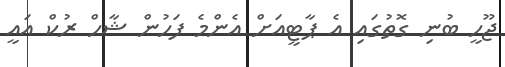
ޖޫހީ ބުނި ގޮތުގައި އެ ޕާޓީއަށް އެންމެ ފަހުން ޝާހް ރުކް އައީ